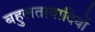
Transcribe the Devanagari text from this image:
बहुलतावादियों